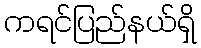
ကရင်ပြည်နယ်ရှိ